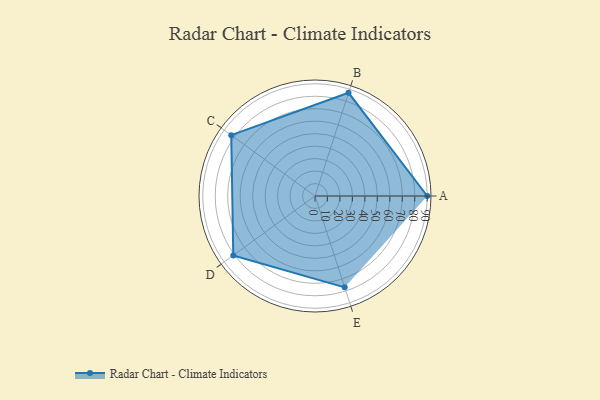
{"axis": {"x": "Skill", "y": "Score"}, "legend": ["Profile"], "data": [{"x": "A", "y": 90.0, "type": "Profile"}, {"x": "B", "y": 87.0, "type": "Profile"}, {"x": "C", "y": 83.0, "type": "Profile"}, {"x": "D", "y": 81.0, "type": "Profile"}, {"x": "E", "y": 77.0, "type": "Profile"}]}